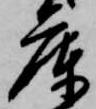
庫